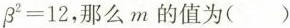
β ^ { 2 } ≡ 1 2$$，那么m的值为 （）